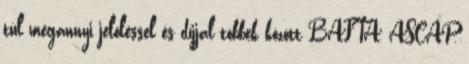
túl megannyi jelöléssel és díjjal többek között BAFTA, ASCAP,